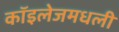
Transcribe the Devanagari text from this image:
कॉइलेजमधली